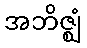
အဘိဇ္ဈံ